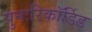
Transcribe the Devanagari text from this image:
पुनःरिकॉर्डिड